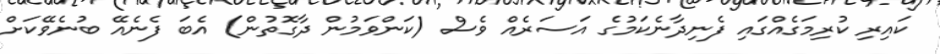
ކައިރި ކުރިމަގެއްގައި ފެނިދާނެކަމުގެ އަސަރެއް ވެސް (ކަންވަމުން ދާގޮތުން) އެބަ ފެނެއޭ ބުނެވޭކަށް